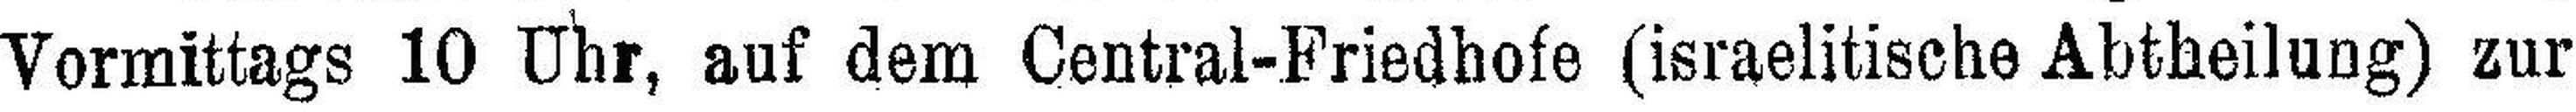
Vormittags 10 Uhr, auf dem Central-Friedhofe (israelitische Abtheilung) zur